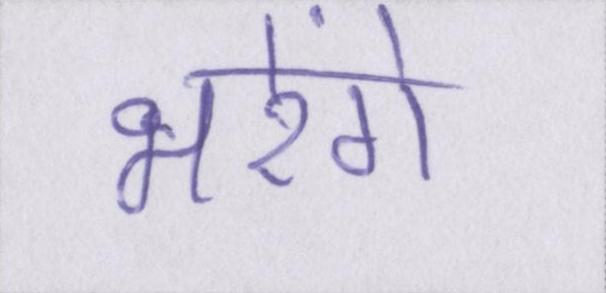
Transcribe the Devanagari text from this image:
भरेंगे